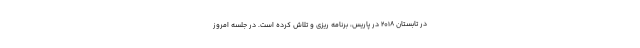
در تابستان 2018 در پاریس، برنامه ریزی و تلاش کرده است. در جلسه امروز